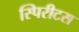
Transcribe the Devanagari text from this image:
स्पिरीटस